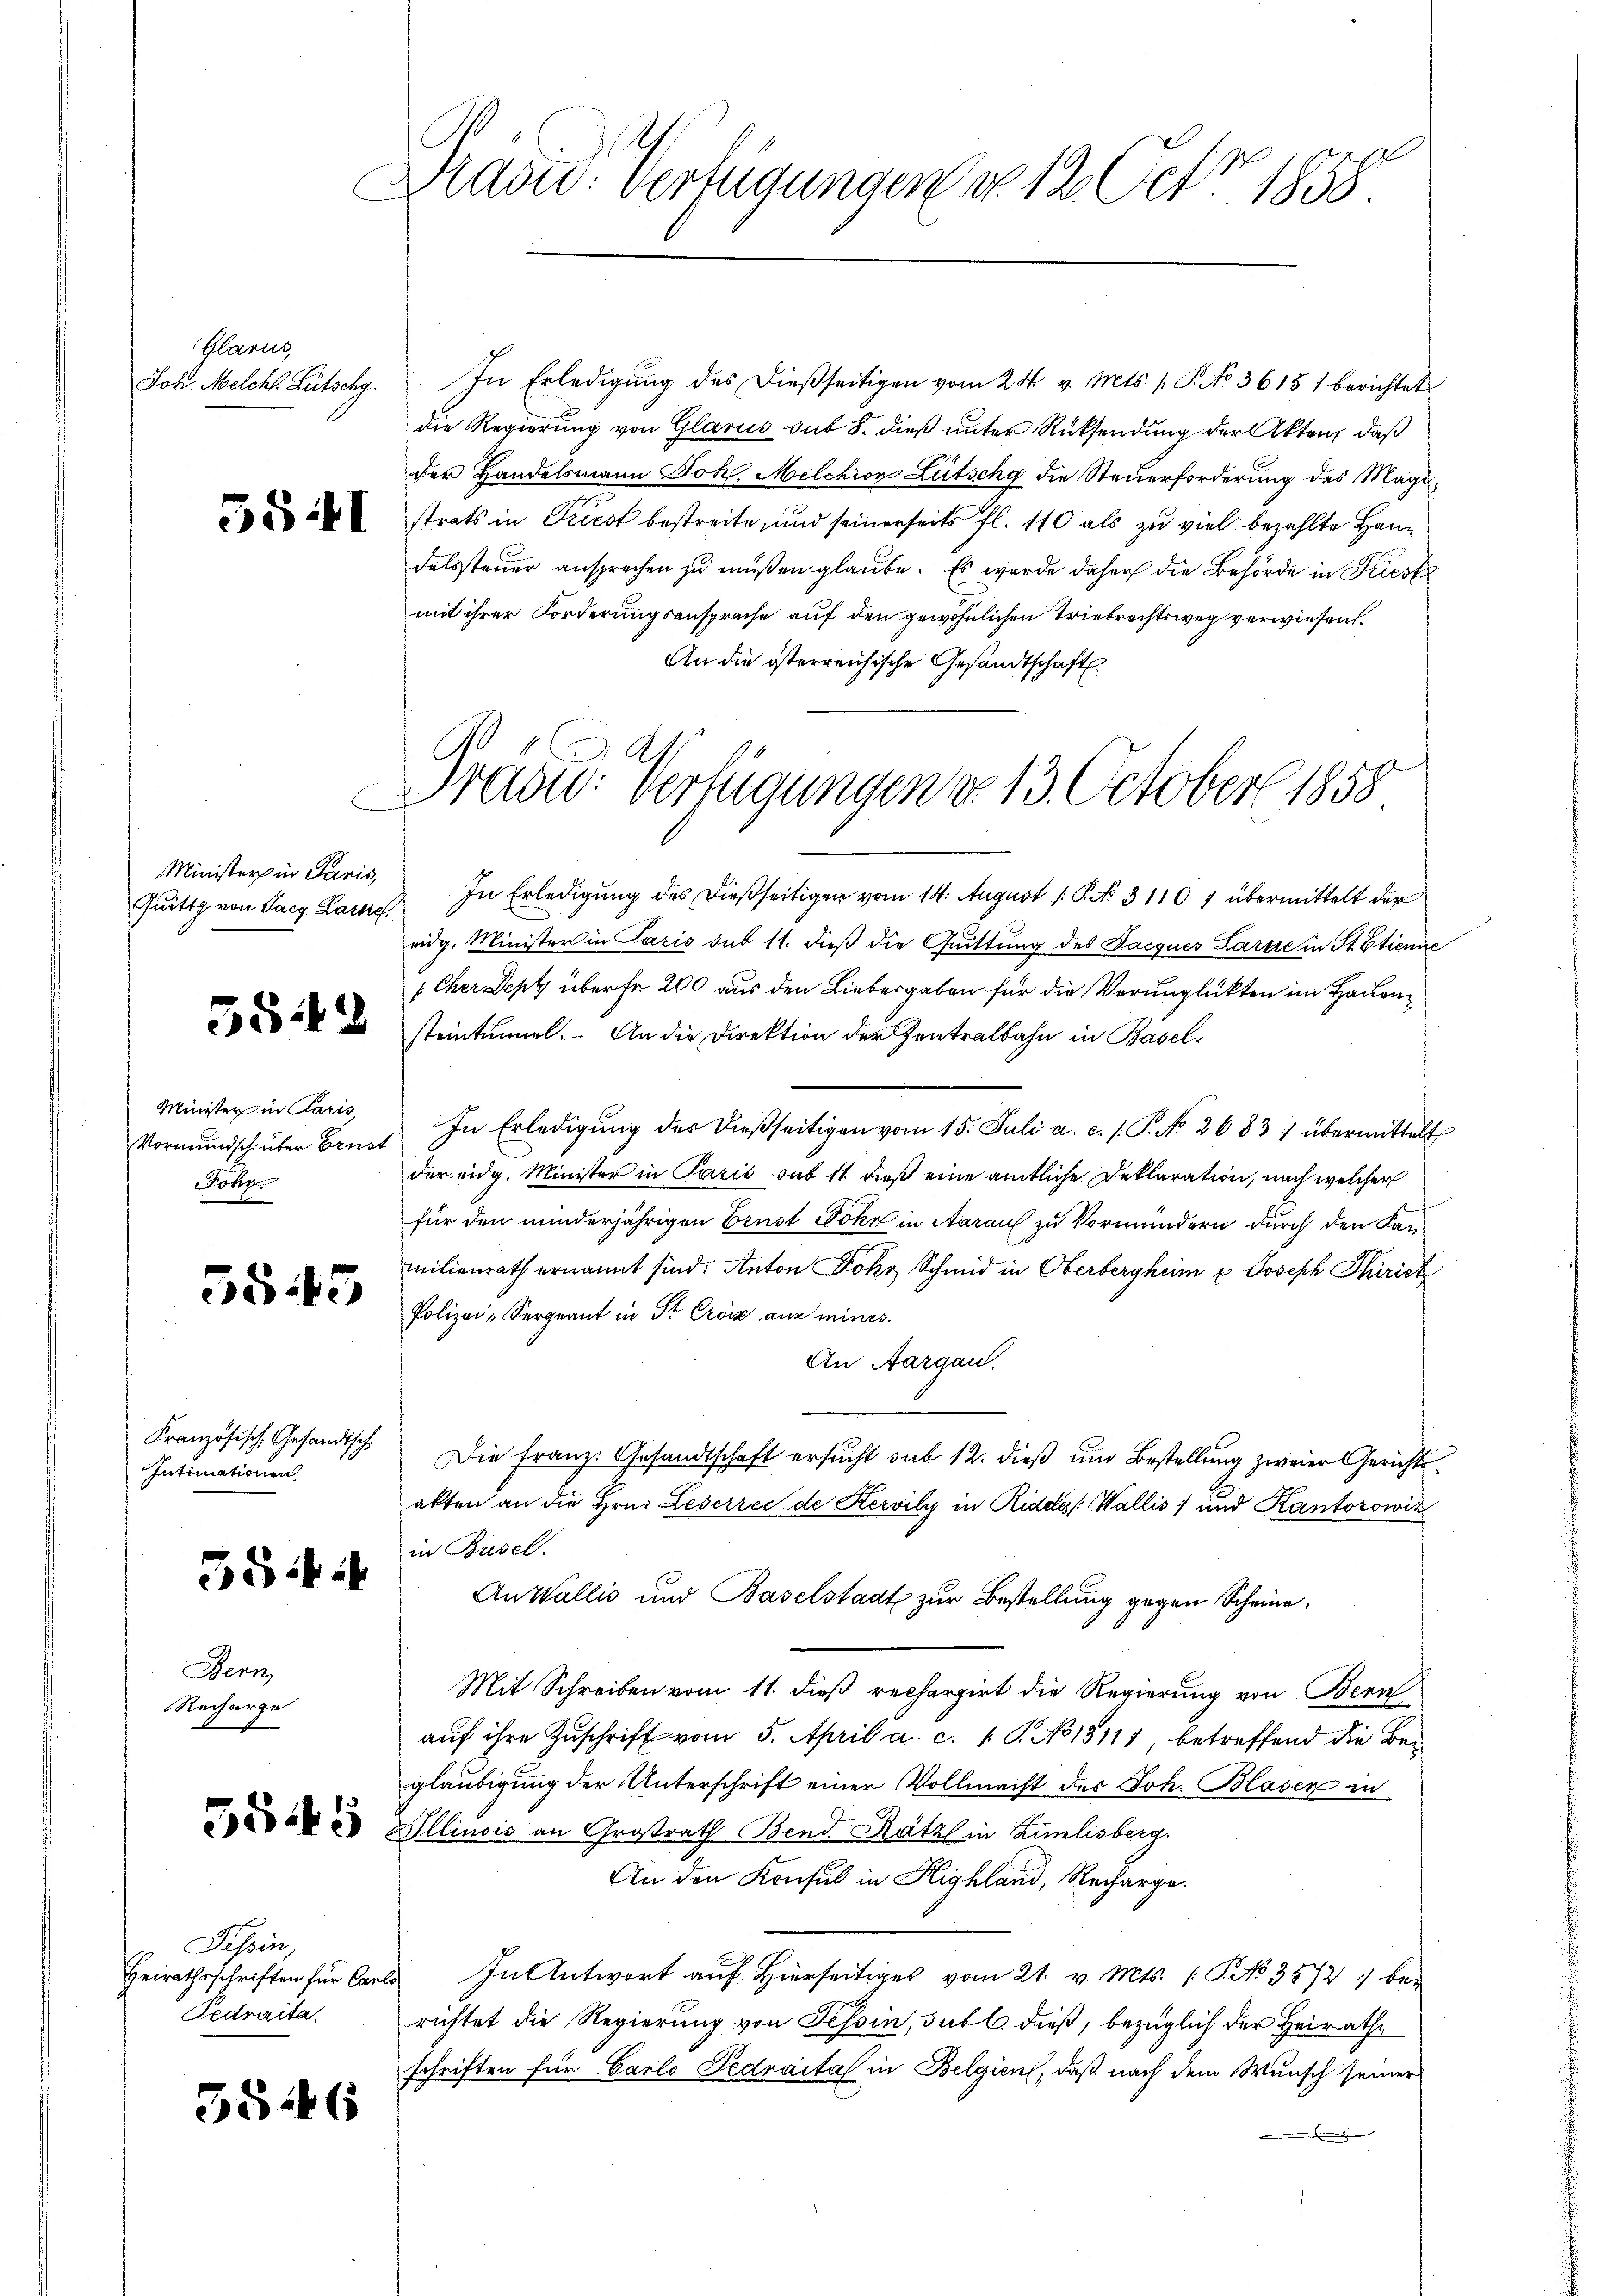
Glarus
Joh. Melcht Lütschg.

55 I

Minister in Paris,

5842

Minister in Paris,
ohr

5545

Französische Gesandtsch
Intimationen

5Skif

Bern,
Recharge

Tessin,
Fedraita.

55446

Draord. Verfügungen No. 12. Oct. 1858.

Präsid. Verfügungen d. 13. October 1858

In Erledigung des dießseitigen vom 24. v. Mts. /: P. No 36151 berichtet
die Regierung von Glarus sub 8. dieß unter Rücksendung der Akten, daß
der Handelsmann Joh. Melchior Lütschy die Steŭerforderung des Magistrats in Griest bestreite, und seinerseits fl. 110 als zu viel bezahlte Handelssteuer ansprechen zu müßen glaube. Es wurde daher die Behörde in Kriest
mit ihrer Forderungsanspreche auf den gewöhnlichen Triebrechtsweg verwiesen.
An die österreichische Gesandtschaft
Gritt von Sarg Lar. In Erledigung des dießseitigen vom 14. August 1 P. N. 31107 übermittelt der
vidg. Minister in Paris sub 11. daß die Quittung des Jacques Zarre in St. Etienne
1 Cher Sept überfr 200 aus den Liebergaben für die Verunglückten im Hauensteintummel. An die Direktion der Zentralbahn in Basel¬
Vormŭndschinter Brust. In Erledigŭng der dießseitigen vom 15. Juli a. c. s. P. No. 2683/ übermittelt
der eidg. Minister in Paris sub 11 dieß eine amtliche Deklaration, nach welcher
für den minderjährigen Ernst Föhn in Aaraus zu Vormundern durch den Kanmilienrath ernannt sind: Anton Johr Schmid in Oberbergheim u Joseph Thirich
Polizei-Sergnant in St. Crosz aus mines.
An Aargau,
Die Franz: Gesandtschaft ersŭcht sub 12. dieβ ŭm Bestellung zweier Gerichtsakten an die Hrn. Leserrei de Kervily in Ridee /: Wallis) und Kantorowin
in Basel.
An Wallis und Baselstadt zur Bestellung gegen Scheine
Mit Schreiben vom 11. dieß rechargirt die Regierung von Bern
auf ihre Zuschrift vom 5. April a. c. 1 P. No 13111, betreffend die Begläubigung der Unterschrift einer Vollmacht des Joh. Blasen in
e Illinois an Großrath Bend. Katzl in Zimlisberg.
An den Konsul in Highland, Recharge.
Heirathsschriften für Carls. In Antwort auf Hierseitiges vom 21. v. Mts. (T. No. 3572) bei
richtet die Regierung von Tessin, daß dieß, bezüglich der Heirathe
schriften für Carlo Pedraital in Belgien, daß nach dem Wunsch seiner